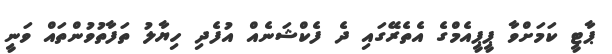
ޕާޓީ ކަމަށްވާ ޕީޕީއެމްގެ އެތެރޭގައި ދެ ފެކްޝަނެއް އުފެދި ހިޔާލު ތަފާތުވުންތައް ވަނީ